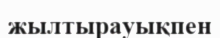
жылтырауықпен